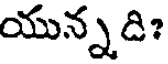
యున్నది?